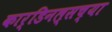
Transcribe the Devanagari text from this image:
कार्डिनल्सच्या